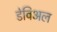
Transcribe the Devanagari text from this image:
डेविअल